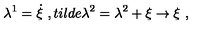
\lambda ^ { 1 } = \dot { \xi } \ , t i l d e { \lambda } ^ { 2 } = \lambda ^ { 2 } + \xi \rightarrow \xi \ ,